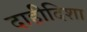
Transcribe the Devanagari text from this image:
दाहीदिशा